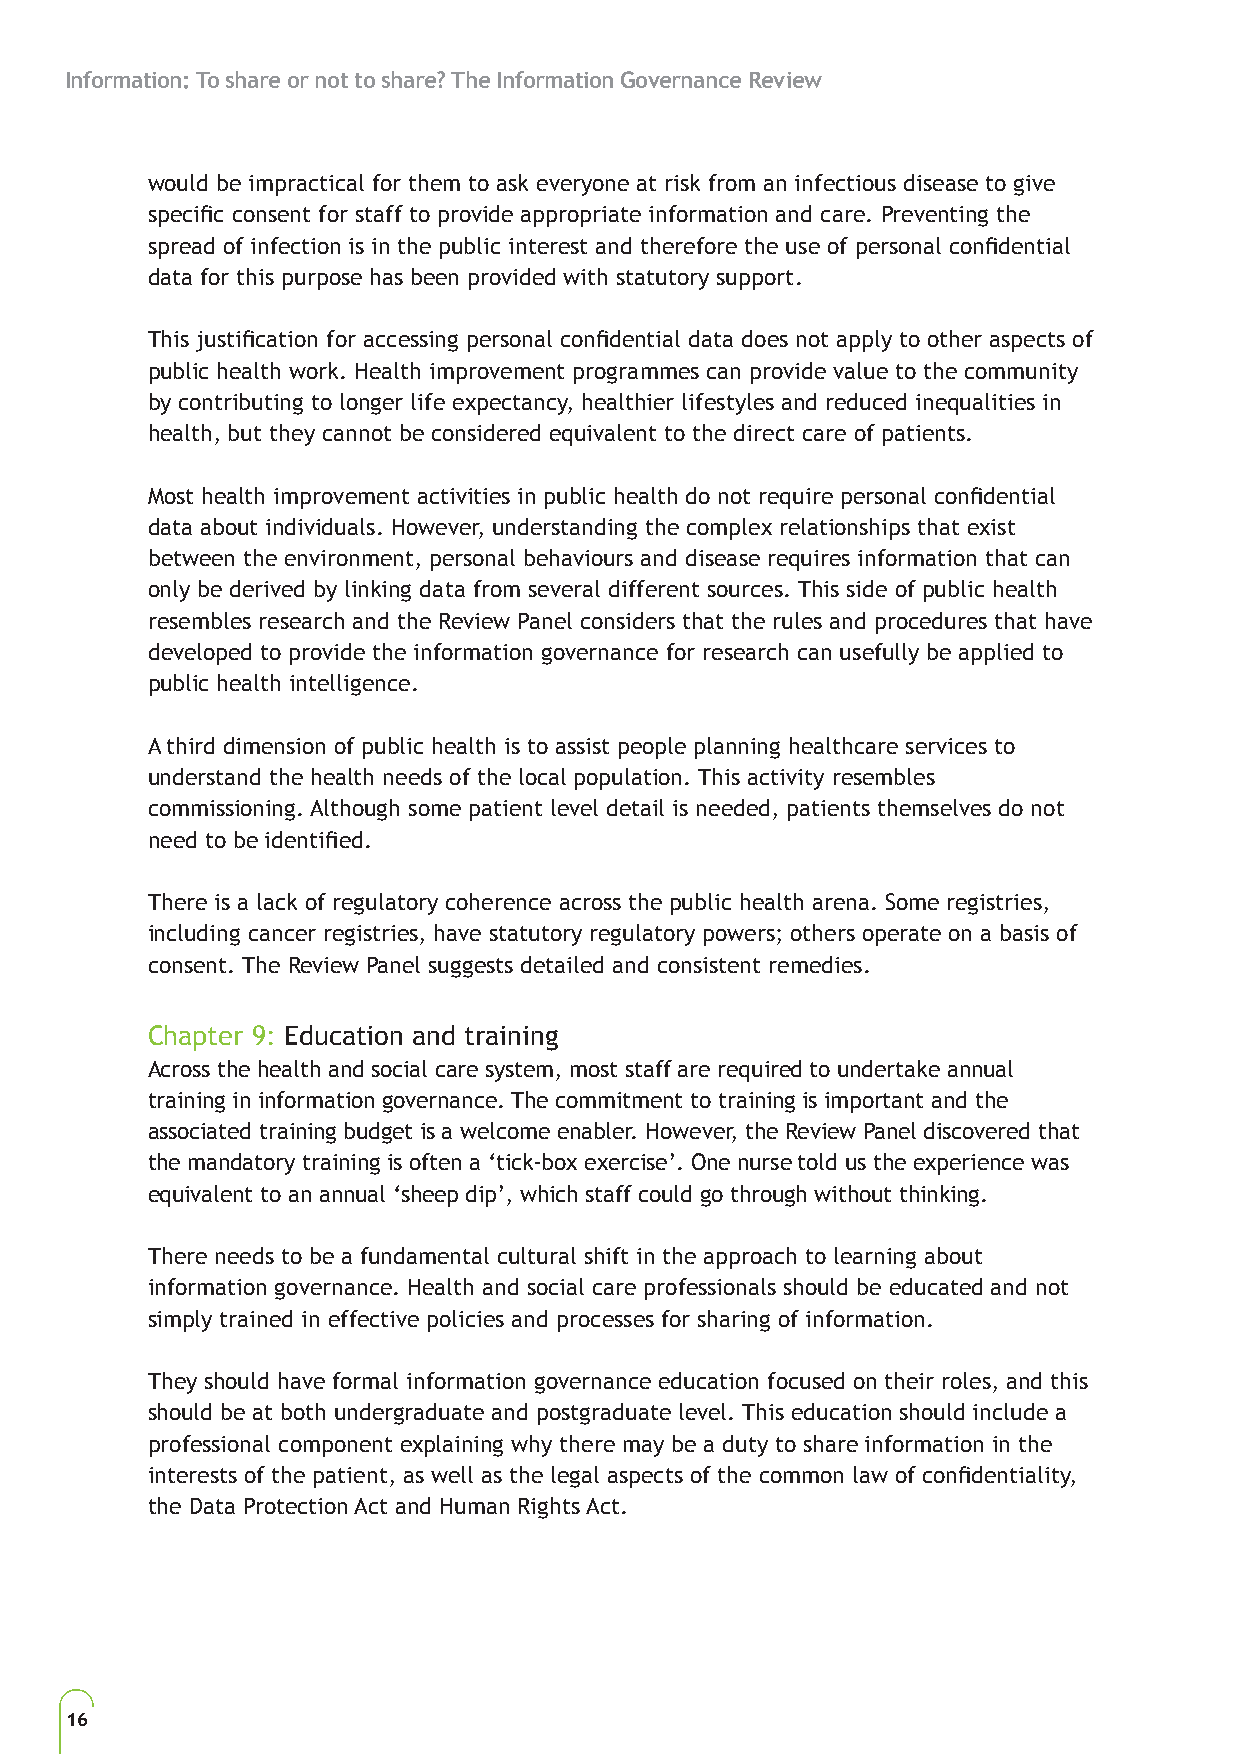
Information: To share or not to share? The Information Governance Review
 would be impractical for them to ask everyone at risk from an infectious disease to give
 specific consent for staff to provide appropriate information and care. Preventing the
 spread of infection is in the public interest and therefore the use of personal confidential
 data for this purpose has been provided with statutory support.
 This justification for accessing personal confidential data does not apply to other aspects of
 public health work. Health improvement programmes can provide value to the community
 by contributing to longer life expectancy, healthier lifestyles and reduced inequalities in
 health, but they cannot be considered equivalent to the direct care of patients.
 Most health improvement activities in public health do not require personal confidential
 data about individuals. However, understanding the complex relationships that exist
 between the environment, personal behaviours and disease requires information that can
 only be derived by linking data from several different sources. This side of public health
 resembles research and the Review Panel considers that the rules and procedures that have
 developed to provide the information governance for research can usefully be applied to
 public health intelligence.
 A third dimension of public health is to assist people planning healthcare services to
 understand the health needs of the local population. This activity resembles
 commissioning. Although some patient level detail is needed, patients themselves do not
 need to be identified.
 There is a lack of regulatory coherence across the public health arena. Some registries,
 including cancer registries, have statutory regulatory powers; others operate on a basis of
 consent. The Review Panel suggests detailed and consistent remedies.
 Chapter 9: Education and training
 Across the health and social care system, most staff are required to undertake annual
 training in information governance. The commitment to training is important and the
 associated training budget is a welcome enabler. However, the Review Panel discovered that
 the mandatory training is often a ‘tick-box exercise’. One nurse told us the experience was
 equivalent to an annual ‘sheep dip’, which staff could go through without thinking.
 There needs to be a fundamental cultural shift in the approach to learning about
 information governance. Health and social care professionals should be educated and not
 simply trained in effective policies and processes for sharing of information.
 They should have formal information governance education focused on their roles, and this
 should be at both undergraduate and postgraduate level. This education should include a
 professional component explaining why there may be a duty to share information in the
 interests of the patient, as well as the legal aspects of the common law of confidentiality,
 the Data Protection Act and Human Rights Act.
 16